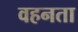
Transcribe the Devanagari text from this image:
वहनता